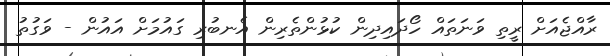
ރާއްޖެއަށް ރީތި ވަނަތައް ހޯދައިދިން ކުޅުންތެރިން އެނބުރި ގައުމަށް އައުން - ވަގުތު